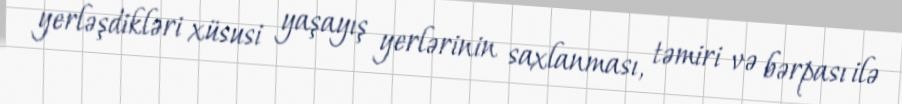
yerləşdikləri xüsusi yaşayış yerlərinin saxlanması, təmiri və bərpası ilə